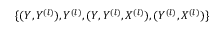
\{ ( Y , Y ^ { ( l ) } ) , Y ^ { ( l ) } , ( Y , Y ^ { ( l ) } , X ^ { ( l ) } ) , ( Y ^ { ( l ) } , X ^ { ( l ) } ) \}